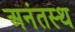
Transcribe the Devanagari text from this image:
अनंतस्थ